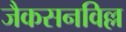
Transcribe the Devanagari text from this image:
जैकसनविल्ल